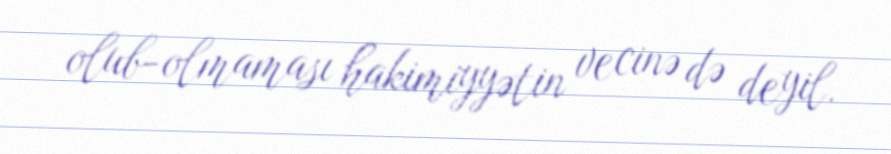
olub-olmaması hakimiyyətin vecinə də deyil.